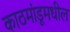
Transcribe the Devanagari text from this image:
काठमांडूमधील